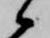
候